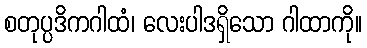
စတုပ္ပဒိကဂါထံ၊ လေးပါဒရှိသော ဂါထာကို။